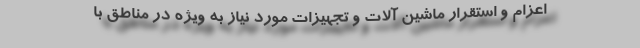
اعزام و استقرار ماشین آلات و تجهیزات مورد نیاز به ویژه در مناطق با